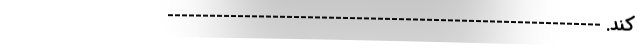
کند. --------------------------------------------------------------